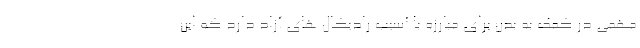
مهمی در کمک به بدن برای مبارزه با آسیب رادیکال های آزاد دارد که این